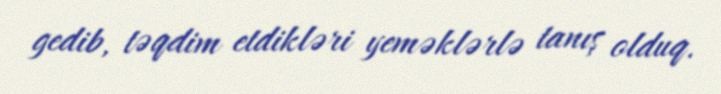
gedib, təqdim etdikləri yeməklərlə tanış olduq.